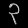
Digit: ၃